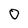
Character: 0